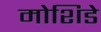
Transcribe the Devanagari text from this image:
मोशिडे